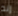
إنه